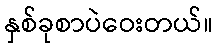
နှစ်ခုစာပဲဝေးတယ်။